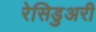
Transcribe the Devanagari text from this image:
रेसिडुअरी